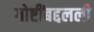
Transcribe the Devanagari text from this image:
गोष्टींबद्दलली